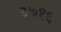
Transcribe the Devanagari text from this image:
३७१६